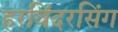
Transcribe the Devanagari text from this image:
हरविंदरसिंग